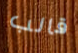
قالب